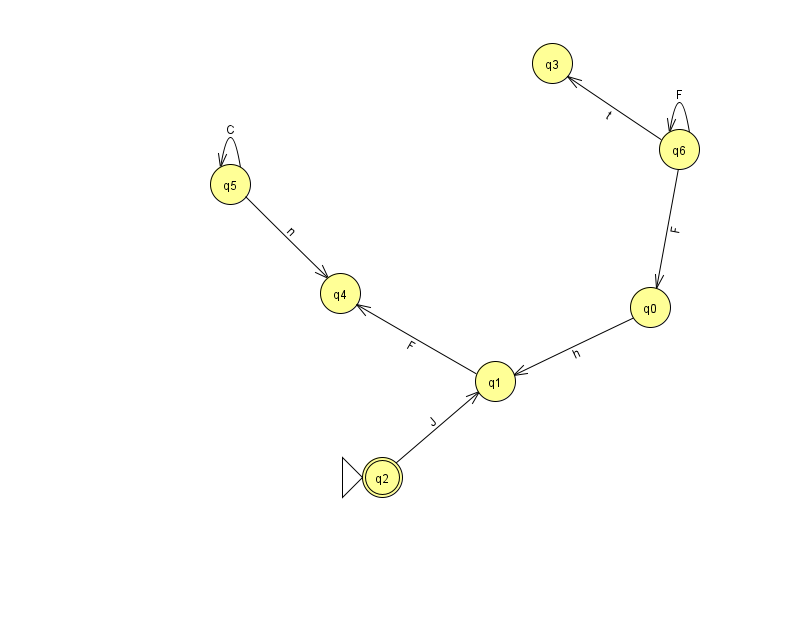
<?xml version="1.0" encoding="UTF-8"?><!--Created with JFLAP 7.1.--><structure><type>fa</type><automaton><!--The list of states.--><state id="0" name="q0"><x>650.0</x><y>294.0</y></state><state id="1" name="q1"><x>495.0</x><y>368.0</y></state><state id="2" name="q2"><x>382.0</x><y>464.0</y><initial/><final/></state><state id="3" name="q3"><x>552.0</x><y>50.0</y></state><state id="4" name="q4"><x>340.0</x><y>280.0</y></state><state id="5" name="q5"><x>230.0</x><y>171.0</y></state><state id="6" name="q6"><x>679.0</x><y>136.0</y></state><!--The list of transitions.--><transition><from>1</from><to>4</to><read>F</read></transition><transition><from>0</from><to>1</to><read>h</read></transition><transition><from>5</from><to>5</to><read>C</read></transition><transition><from>2</from><to>1</to><read>J</read></transition><transition><from>6</from><to>6</to><read>F</read></transition><transition><from>5</from><to>4</to><read>n</read></transition><transition><from>6</from><to>0</to><read>F</read></transition><transition><from>6</from><to>3</to><read>t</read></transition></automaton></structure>